Annual report of the Civil Veterinary Department, Bengal, for the year 1897-98 - 1897-1898
Year: 1897
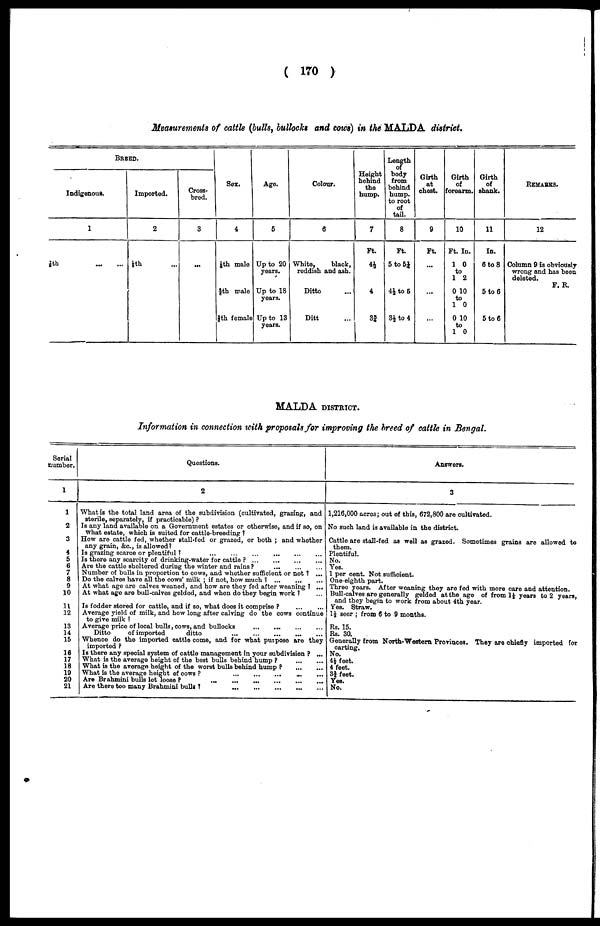
( 170 )
Measurements of cattle (bulls, bullocks and cows) in the MALDA district.
BREED.
Indigenous.
1
7/2th
Imported.
2
1/8th ...
Cross-
bred.
3
...
Sex.
4
1/8th male
2/6th male
5/8th female
Age.
5
Up to 20
years.
Up to 18
years.
Up to 13
years.
Colour.
6
White,
black,
reddish and ash.
Ditto ...
Ditt ...
Height
behind
the
hump.
7
Ft.
4½
4
3¾
Length
of
body
from
behind
hump.
to root
of
tail.
8
Ft.
5 to 5¼
4½ to 5
3½ to 4
Girth
at
chest.
9
Ft.
...
...
...
Girth
of
forearm.
10
Ft. In.
1 0
to
1 2
0 10
to
1 0
0 10
to
1 0
Girth
of
shank.
11
In.
6 to 8
5to6
5 to 6
REMARKS.
12
Column 9 is obviously
wrong and has been
deleted.
F. R.
MALDA DISTRICT.
Information in connection with proposals for improving the breed of cattle in Bengal.
Serial
number.
1
1
2
3
4
5
6
7
8
9
10
11
12
13
14
15
16
17
18
19
20
21
Questions.
2
What is the total land area of the subdivision (cultivated, grazing, and
sterile, separately, if practicable) ?
Is any land available on a Government estates or otherwise, and if so, on
what estate, which is suited for cattle-breeding ?
How are cattle fed, whether stall-fed or grazed, or both ; and whether
any grain, &c., is allowed?
Is grazing scarce or plentiful ?
...
...
...
...
...
...
Is there any scarcity of drinking-water for cattle ? ... ... ... ... ...
Are the cattle sheltered during the winter and rains ? ... ... ...
Number of bulls in proportion to cows, and whether sufficient or not ? ...
Do the calves have all the cows' milk ; if not, how much 1 ...
At what age are calves weaned, and how are they fed after weaning 1 ...
At what age are bull-calves gelded, and when do they begin work ? ...
Is fodder stored for cattle, and if so, what does it comprise ?
...
...
Average yield of milk, and how long after calving do the cows continue
to give milk ?
Average price of local bulls, cows, and bullocks
...
... ... ...
Ditto
of imported
ditto
Whence do the imported cattle come, and for what purpose are they
imported ?
Is there any special system of cattle management in your subdivision ? ...
What is the average height of the best bulls behind hump ?
...
...
What is the average height of the worst bulls behind hump ?
...
...
What is the average height of
cows? ... ... ... ... ... ...
Are Brahmini bulls let loose ?
...
...
...
...
...
...
Are there too many Brahmini bulls ?
...
...
...
...
...
...
Answers.
3
1,216,000 acres; out of this, 672,800 are cultivated.
No such land is available in the district.
Cattle are stall-fed as well as grazed. Sometimes grains are allowed to
them.
Plentiful.
No.
Yes.
1 per cent. Not sufficient.
One-eighth part.
Three years. After weaning they are fed with more care and attention.
Bull-calves are generally gelded at the age of from 1½- years to 2 years,
and they begin to work from about 4th year.
Yes. Straw.
1½ seer ; from 6 to 9 months.
Rs. 15.
Rs. 30.
Generally from North-Western Provinces. They are chiefly imported for
carting.
No.
4½ feet.
4 feet.
3¾ feet.
Yes.
No.